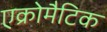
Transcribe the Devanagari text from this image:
एक्रोमैटिक